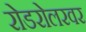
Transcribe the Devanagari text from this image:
रोडरोलरवर